65_HS1-834228961_62-HQ-83894_Section_9
Agency: FBI
Page 90
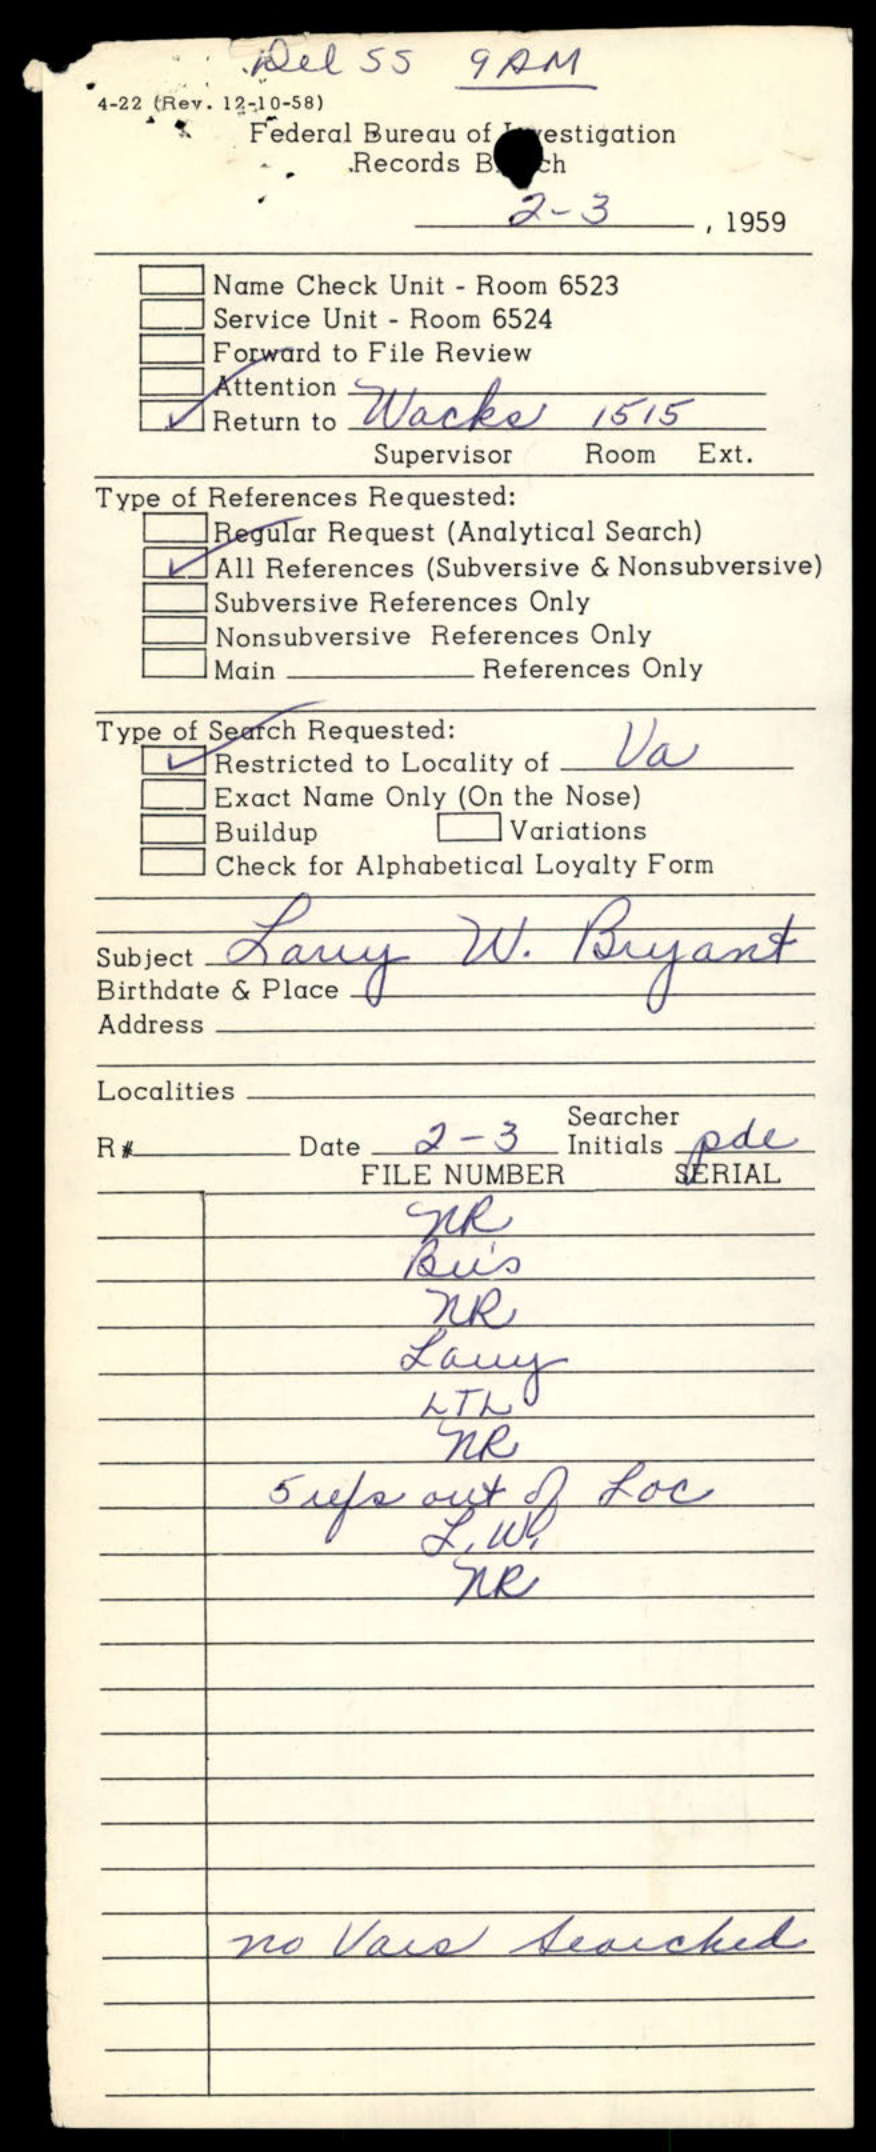